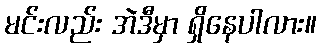
မင်းလည်း အဲဒီမှာ ရှိနေပါလား။